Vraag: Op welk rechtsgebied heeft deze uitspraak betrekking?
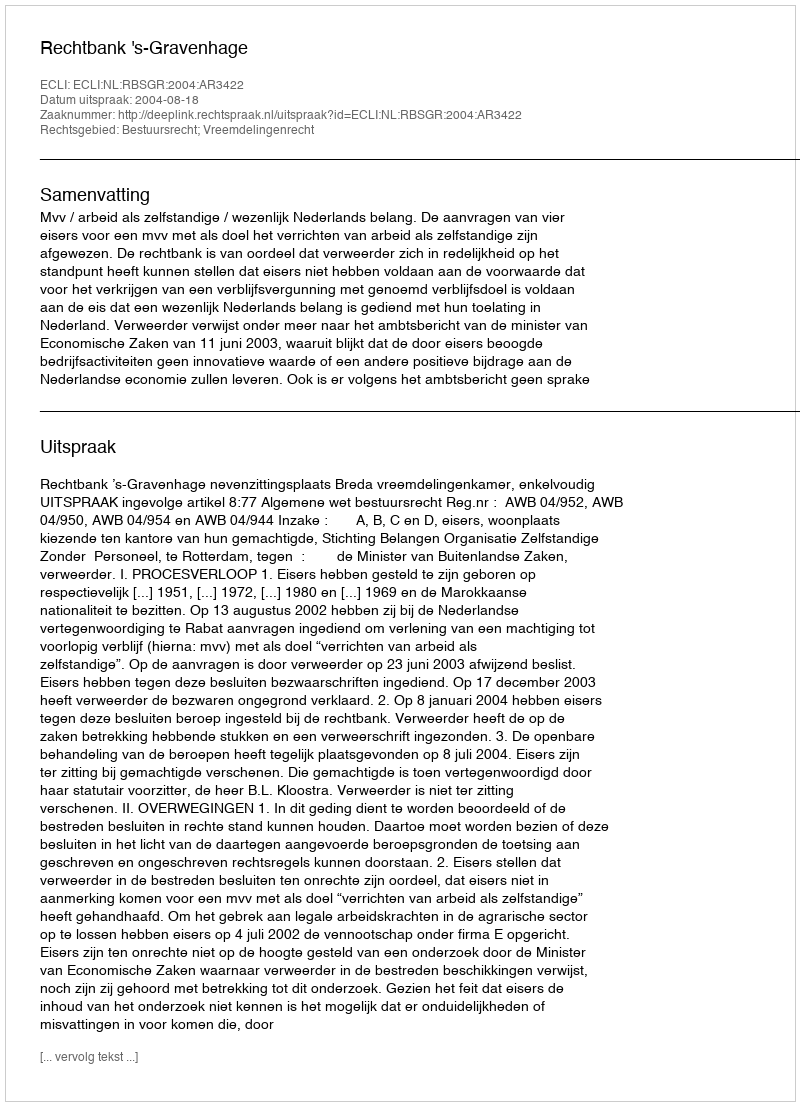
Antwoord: Bestuursrecht; Vreemdelingenrecht